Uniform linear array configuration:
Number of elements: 64
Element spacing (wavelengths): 0.75
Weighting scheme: cosine
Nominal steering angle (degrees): -60
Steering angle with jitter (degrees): -61.531
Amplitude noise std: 0.05
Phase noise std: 0.05

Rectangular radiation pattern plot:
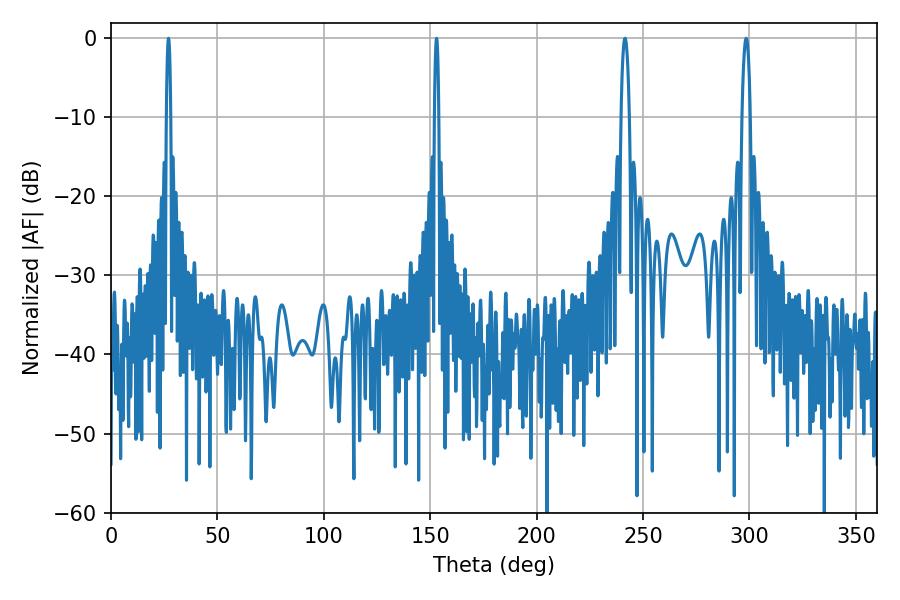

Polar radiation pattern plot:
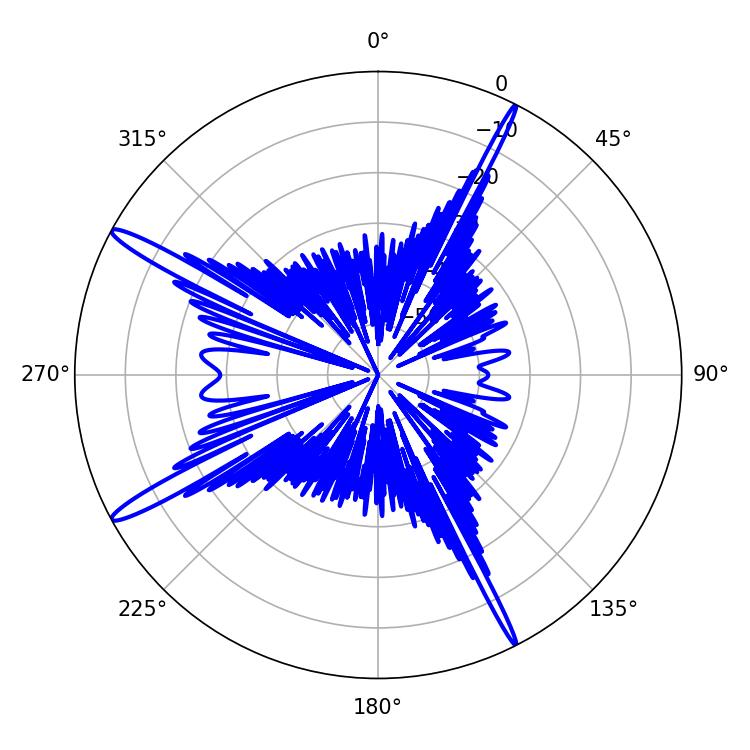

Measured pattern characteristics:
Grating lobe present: TRUE
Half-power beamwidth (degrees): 2.16
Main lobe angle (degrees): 298.44